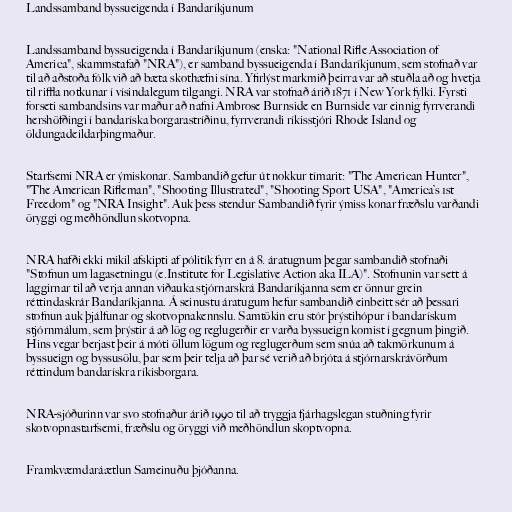
Landssamband byssueigenda í Bandaríkjunum

Landssamband byssueigenda í Bandaríkjunum (enska: "National Rifle Association of
America", skammstafað "NRA"), er samband byssueigenda í Bandaríkjunum, sem stofnað var
til að aðstoða fólk við að bæta skothæfni sína. Yfirlýst markmið þeirra var að stuðla að og hvetja
til riffla notkunar í vísindalegum tilgangi. NRA var stofnað árið 1871 í New York fylki. Fyrsti
forseti sambandsins var maður að nafni Ambrose Burnside en Burnside var einnig fyrrverandi
hershöfðingi í bandaríska borgarastríðinu, fyrrverandi ríkisstjóri Rhode Island og
öldungadeildarþingmaður.

Starfsemi NRA er ýmiskonar. Sambandið gefur út nokkur tímarit: "The American Hunter",
"The American Rifleman", "Shooting Illustrated", "Shooting Sport USA", "America’s 1st
Freedom" og "NRA Insight". Auk þess stendur Sambandið fyrir ýmiss konar fræðslu varðandi
öryggi og meðhöndlun skotvopna.

NRA hafði ekki mikil afskipti af pólitík fyrr en á 8. áratugnum þegar sambandið stofnaði
"Stofnun um lagasetningu (e.Institute for Legislative Action aka ILA)". Stofnunin var sett á
laggirnar til að verja annan viðauka stjórnarskrá Bandaríkjanna sem er önnur grein
réttindaskrár Bandaríkjanna. Á seinustu áratugum hefur sambandið einbeitt sér að þessari
stofnun auk þjálfunar og skotvopnakennslu. Samtökin eru stór þrýstihópur í bandarískum
stjórnmálum, sem þrýstir á að lög og reglugerðir er varða byssueign komist í gegnum þingið.
Hins vegar berjast þeir á móti öllum lögum og reglugerðum sem snúa að takmörkunum á
byssueign og byssusölu, þar sem þeir telja að þar sé verið að brjóta á stjórnarskrávörðum
réttindum bandarískra ríkisborgara.

NRA-sjóðurinn var svo stofnaður árið 1990 til að tryggja fjárhagslegan stuðning fyrir
skotvopnastarfsemi, fræðslu og öryggi við meðhöndlun skoptvopna.

Framkvæmdaráætlun Sameinuðu þjóðanna.